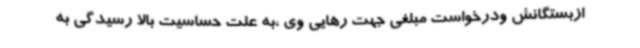
ازبستگانش ودرخواست مبلغی جهت رهایی وی ،به علت حساسیت بالا رسیدگی به